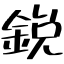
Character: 鋭